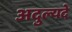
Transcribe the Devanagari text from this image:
अदुल्यदे